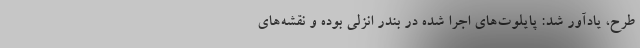
طرح، یادآور شد: پایلوت‌های اجرا شده در بندر انزلی بوده و نقشه‌های